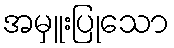
အမှူးပြုသော